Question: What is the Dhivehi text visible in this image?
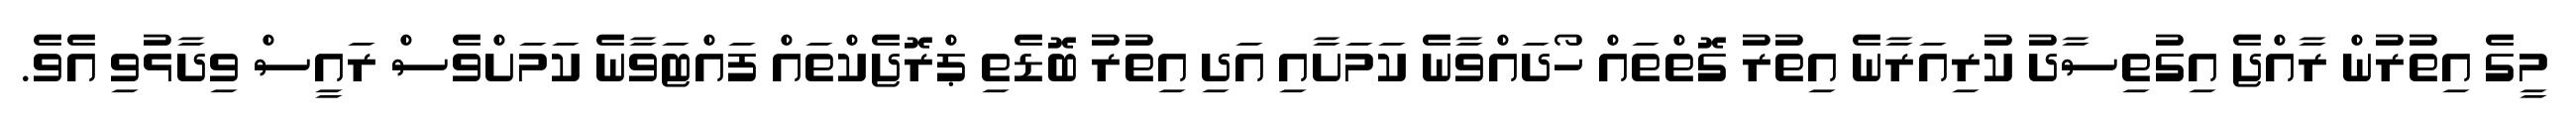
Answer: މީގެ އިތުރުން ރާއްޖެ އިގުތިސާދު ކުރިއަރާނެ އިތުރު ގޮތްތައް ހޯދައްވާނެ ކަމަށާއި އަދި އިތުރު ބޮޑެތި ޕްރޮޖެކްތައް ފައްޓަވާނެ ކަމަށްވެސް ރައީސް ވިދާޅުވި އެވެ.